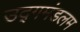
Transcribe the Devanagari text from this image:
उद्गमंडलम